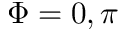
\Phi = 0 , \pi